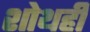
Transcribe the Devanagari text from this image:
शोथही